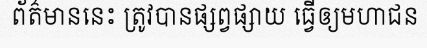
ព័ត៌មាននេះ ត្រូវបានផ្សព្វផ្សាយ ធ្វើឲ្យមហាជន